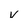
Character: v